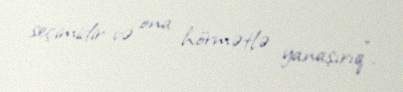
seçimidir və ona hörmətlə yanaşırıq”.